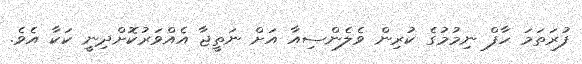
ފުރަތަމަ ހާފް ނިމުމުގެ ކުރިން ވެލެންސިއާ އަށް ނަތީޖާ އެއްވަރުކޮށްދިނީ ކަކާ އެވެ.